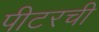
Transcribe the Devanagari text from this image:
पीटरची